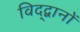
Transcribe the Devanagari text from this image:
विद्द्वानों